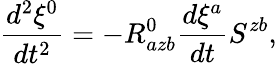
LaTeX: \frac{d^{2}\xi^{0}}{dt^{2}}=-R_{azb}^{0}\frac{d\xi^{a}}{dt}S^{zb},